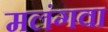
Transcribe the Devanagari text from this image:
मलंगवा